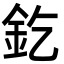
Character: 釳